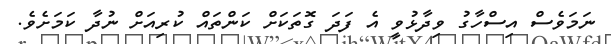
ނަމަވެސް އިސްހާގު ވިދާޅުވީ އެ ފަދަ ގޮތަކަށް ކަންތައް ކުރިއަށް ނުދާ ކަމަށެވެ.